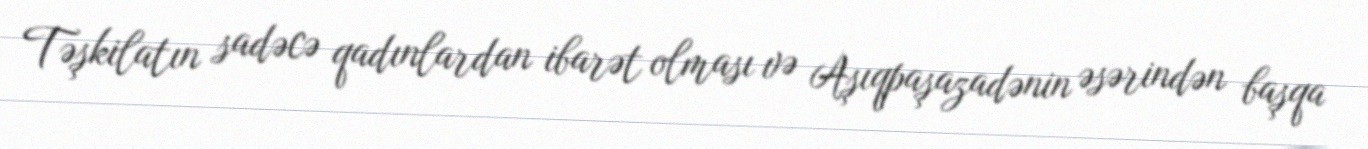
Təşkilatın sadəcə qadınlardan ibarət olması və Aşıqpaşazadənin əsərindən başqa